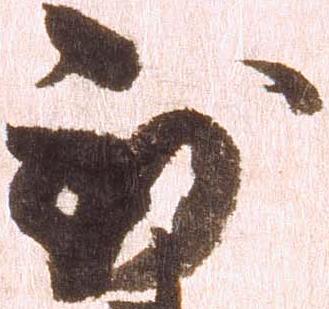
到